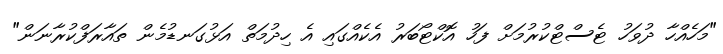
"މަހެއްހާ ދުވަހު ޓެސްޓްކުރުމަށް ފަހު އޮކްޓޯބަރު އެކެއްގައި އެ ހިދުމަތް އަޅުގަނޑުމެން ތައާރަފްކުރާނަން"